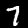
Label: 7